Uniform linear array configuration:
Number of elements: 12
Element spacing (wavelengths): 1
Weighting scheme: hann
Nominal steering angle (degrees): -15
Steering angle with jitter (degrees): -13.778
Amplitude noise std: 0.05
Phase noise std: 0.05

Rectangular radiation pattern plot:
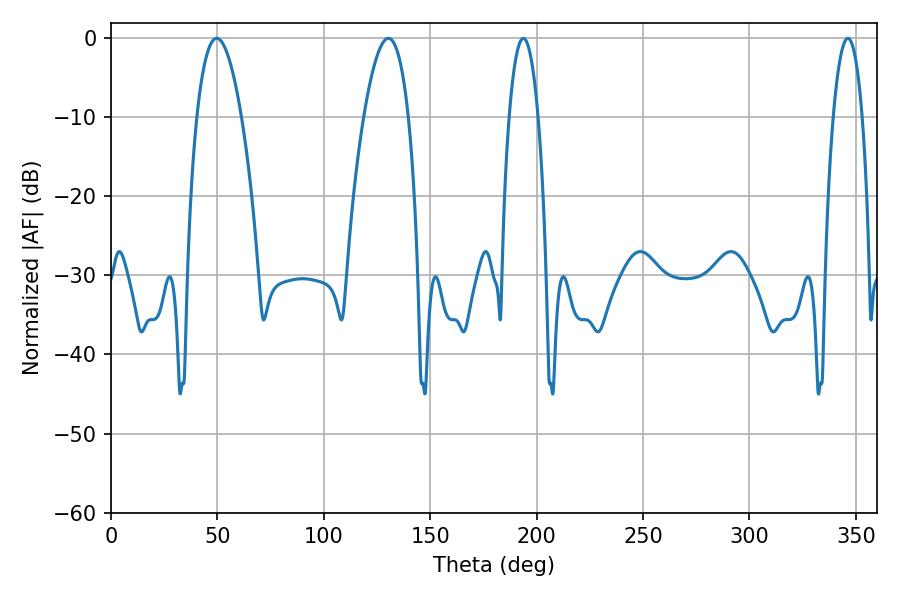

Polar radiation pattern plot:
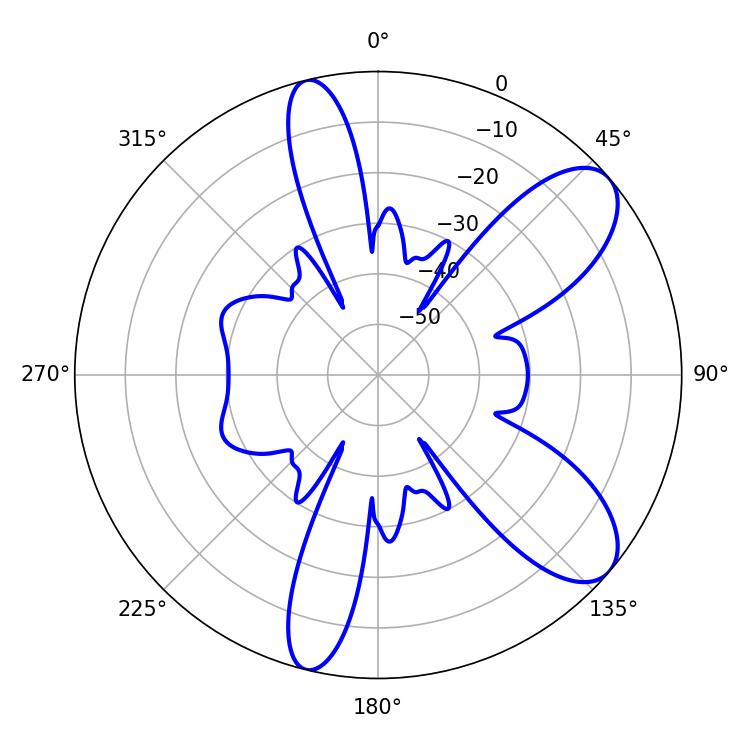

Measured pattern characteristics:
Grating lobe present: TRUE
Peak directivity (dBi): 8.811
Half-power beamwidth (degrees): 11.52
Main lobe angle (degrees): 49.68